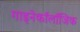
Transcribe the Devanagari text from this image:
गाइनेकॉलॉजिक